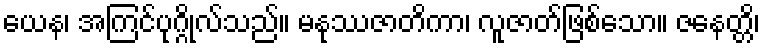
ယေန၊ အကြင်ပုဂ္ဂိုလ်သည်။ မနုဿဇာတိကာ၊ လူဇာတ်ဖြစ်သော။ ဇနေတ္တိ၊